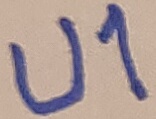
Text: U1